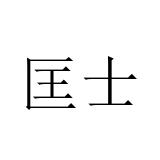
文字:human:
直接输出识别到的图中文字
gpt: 匡士